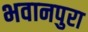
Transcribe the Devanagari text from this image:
भवानपुरा